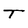
Character: T